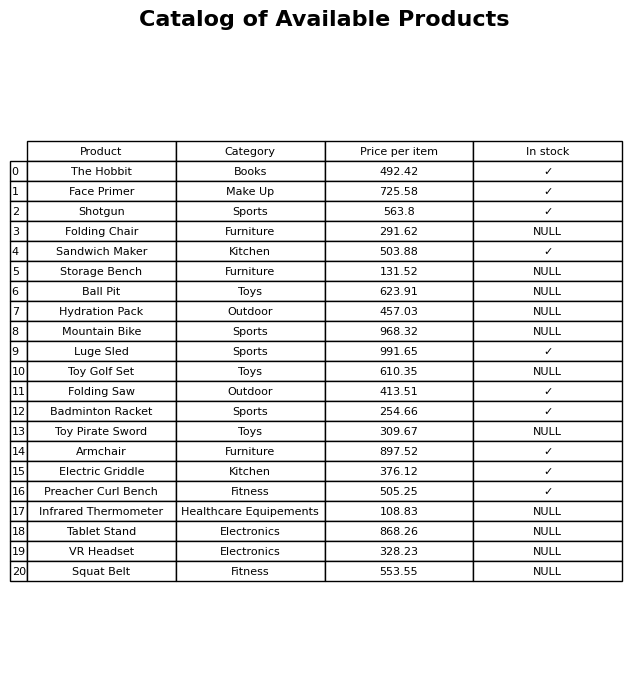
question: Is the Face Primer in stock?
answer: ✓